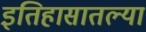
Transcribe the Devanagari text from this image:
इतिहासातल्या